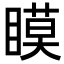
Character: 瞙